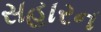
સહારન